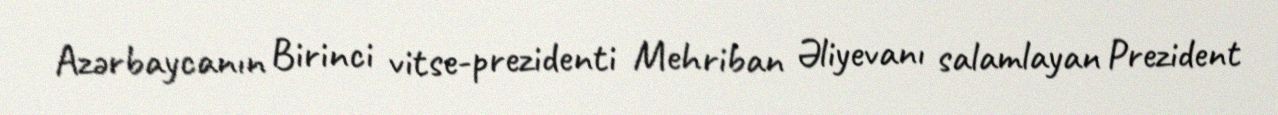
Azərbaycanın Birinci vitse-prezidenti Mehriban Əliyevanı salamlayan Prezident